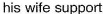
his wife support